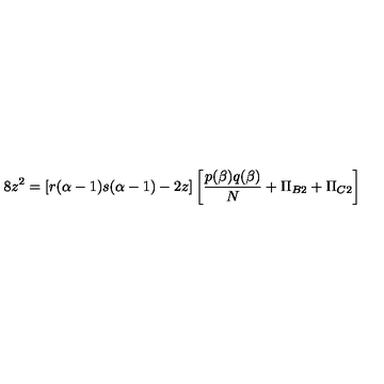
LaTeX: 8 z ^ { 2 } = [ r ( \alpha - 1 ) s ( \alpha - 1 ) - 2 z ] \left[ \frac { p ( \beta ) q ( \beta ) } { N } + \Pi _ { B 2 } + \Pi _ { C 2 } \right]